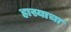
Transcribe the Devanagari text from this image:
हास्याचा